Medical and sanitary report of the native army of Bengal for the year
Year: 1877
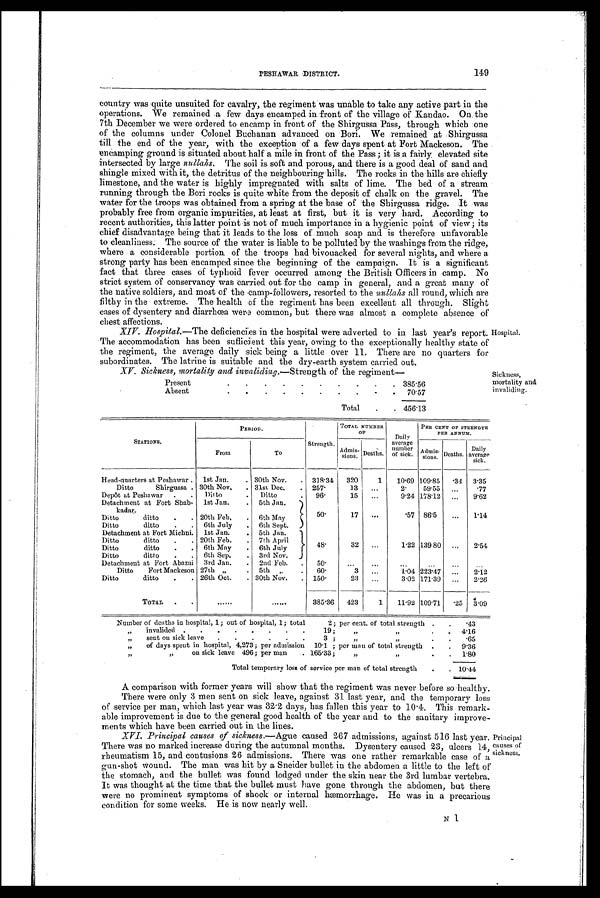
149
PESHAWAR DISTRICT.
country was quite unsuited for cavalry, the regiment was unable to take any active part in the
operations. We remained a few days encamped in front of the village of Kandao. On the
7th December we were ordered to encamp in front of the Shirgussa Pass, through which one
of the columns under Colonel Buchanan advanced on Bori. We remained at Shirgussa
till the end of the year, with the exception of a few days spent at Fort Mackeson. The
encamping ground is situated about half a mile in front of the Pass; it is a fairly elevated site
intersected by large nullahs. The soil is soft and porous, and there is a good deal of sand and
shingle mixed with it, the detritus of the neighbouring hills. The rocks in the hills are chiefly
limestone, and the water is highly impregnated with salts of lime. The bed of a stream
running through the Bori rocks is quite white from the deposit of chalk on the gravel. The
water for the troops was obtained from a spring at the base of the Shirgussa ridge. It was
probably free from organic impurities, at least at first, but it is very hard. According to
recent authorities, this latter point is not of much importance in a hygienic point of view; its
chief disadvantage being that it leads to the loss of much soap and is therefore unfavorable
to cleanliness. The source of the water is liable to be polluted by the washings from the ridge,
where a considerable portion of the troops had bivouacked for several nights, and where a
strong party has been encamped since the beginning of the campaign. It is a significant
fact that three cases of typhoid fever occurred among the British Officers in camp. No
strict system of conservancy was carried out for the camp in general, and a great many of
the native soldiers, and most of the camp-followers, resorted to the nullahs all round, which are
filthy in the extreme. The health of the regiment has been excellent all through. Slight
cases of dysentery and diarrhea were common, but there was almost a complete absence of
chest affections.
XIV. Hospital.—The deficiencies in the hospital were adverted to in last year's report.
The accommodation has been sufficient this year, owing to the exceptionally healthy state of
the regiment, the average daily sick being a little over 11. There are no quarters for
subordinates. The latrine is suitable and the dry-earth system carried out.
XV. Sickness, mortality and invaliding.—Strength of the regiment—
Present
.
.
.
.
.
.
.
.
.
. 385.56
Absent
.
.
.
.
.
.
.
.
.
70.57
Total
.
. 456.13
Sickness,
mortality and
invaliding.
STATIONS.
PERIOD.
Strength.
TOTAL NUMBER
OF
Daily
average
number
of sick.
PER CENT OF STRENGTH
PER ANNUM.
From
To
Admis
sions. Deaths.
Daily
average
sick.
Admis
- sions. Deaths.
Head - quarters at Peshawar . 1st Jan.
. 30th Nov.
.
318.34
320
1
10.69 109.85
.34
3.35
Ditto
Shirgussa . 30th Nov.
. 31st Dec.
.
257.
13
...
2.
59.55
...
.77
Depôt at Peshawar
.
.
Ditto
.
Ditto
.
96.
15
...
9.24 178.12
...
9.62
Detachment at Fort Shab-
kadar.
1st Jan.
.
5th Jan.
50.
17
...
.57 86.5
...
1.14
Ditto
ditto
.
. 20th Feb,
.
6th May
Ditto
ditto
.
.
6th July
6th Sept.
Detachment at Fort Michni.
1st Jan.
.
5th Jan.
4 8 .
32
. . .
1.22 139 80 ...
2.54
Ditto
ditto
.
. 20th Feb.
.
7th April
Ditto
ditto
.
.
6th May
.
6th .July
Ditto
ditto
.
.
6th Sep.
.
3rd Nov.
Detachment at Fort Abazai
3rd Jan.
.
2nd Feb.
.
50.
...
...
...
...
...
...
Ditto
Fort Mackeson 27th „
.
5th
„
.
60.
3
...
1.04 223.47
...
2.12
Ditto
ditto
.
. 26th Oct.
. 30th Nov.
.
150.
23
...
3.02 171.39
...
2.26
TOTAL
.
. . . . . .
. . . . . . 385.36 423
1
11.92 109.71
.25
3.09
Number of deaths in hospital, 1; out of hospital, 1; total
2; per cent. of total strength .
.43
„
invalided
.
.
.
.
.
.
.
.
19;
„ „
.
4.16
„
sent on sick leave
.
.
.
.
.
3;
„ „
.
.65
„
of days spent in hospital, 4,273; per admission
10 . 1 ; per man of total strength .
9.36
„ „
on sick leave 496; per man
. 165.33;
„
„
1.80
Total temporary loss of service per man of total strength
.
. 10.44
A comparison with tormer years will show that the regiment was never before so healthy.
There were only 3 men sent on sick leave, against 31 last year, and the temporary loss
of service per man, which last year was 32.2 days, has fallen this year to 10.4. This ,remark-
able improvement is due to the general good health of the year and to the sanitary improve-
ments which have been carried out in the lines.
XVI. Principal causes of sickness. —Ague caused 267 admissions, against 516 last year.
There was no marked increase during the autumnal months. Dysentery caused 23, ulcers 14,
rheumatism 15, and contusions 26 admissions. There was one rather remarkable case of a
gun-shot wound. The man was hit by a Sneider bullet in the abdomen a little to the left of
the stomach, and the bullet was found lodged under the skin near the 3rd lumbar vertebra.
It was thought at the time that the bullet must have gone through the abdomen, but there
were no prominent symptoms of shock or internal hæmorrhage. He wasi n
a p r e c a r i o u s
condition for some weeks. He is now nearly well.
Principal.
causes of
sickness.
N 1